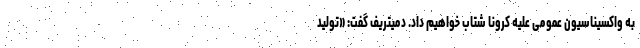
به واکسیناسیون عمومی علیه کرونا شتاب خواهیم داد. دمیتریف گفت: «تولید